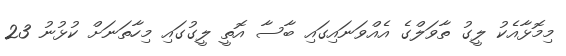
މިމޮޅާއެކު ލީގު ތާވަލްގެ އެއްވަނައިގައި ބާސާ އޮތީ ލީގުގައި މިހާތަނަށް ކުޅުނު 23